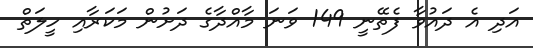
އަދި އެ ދައުވާ ފެތޭނީ 149 ވަނަ މާއްދާގެ ދަށުން މަކަރާއި ހީލަތް